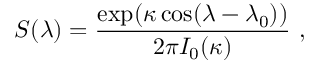
S ( \lambda ) = \frac { \exp ( \kappa \cos ( \lambda - \lambda _ { 0 } ) ) } { 2 \pi I _ { 0 } ( \kappa ) } \mathrm { ~ , ~ }